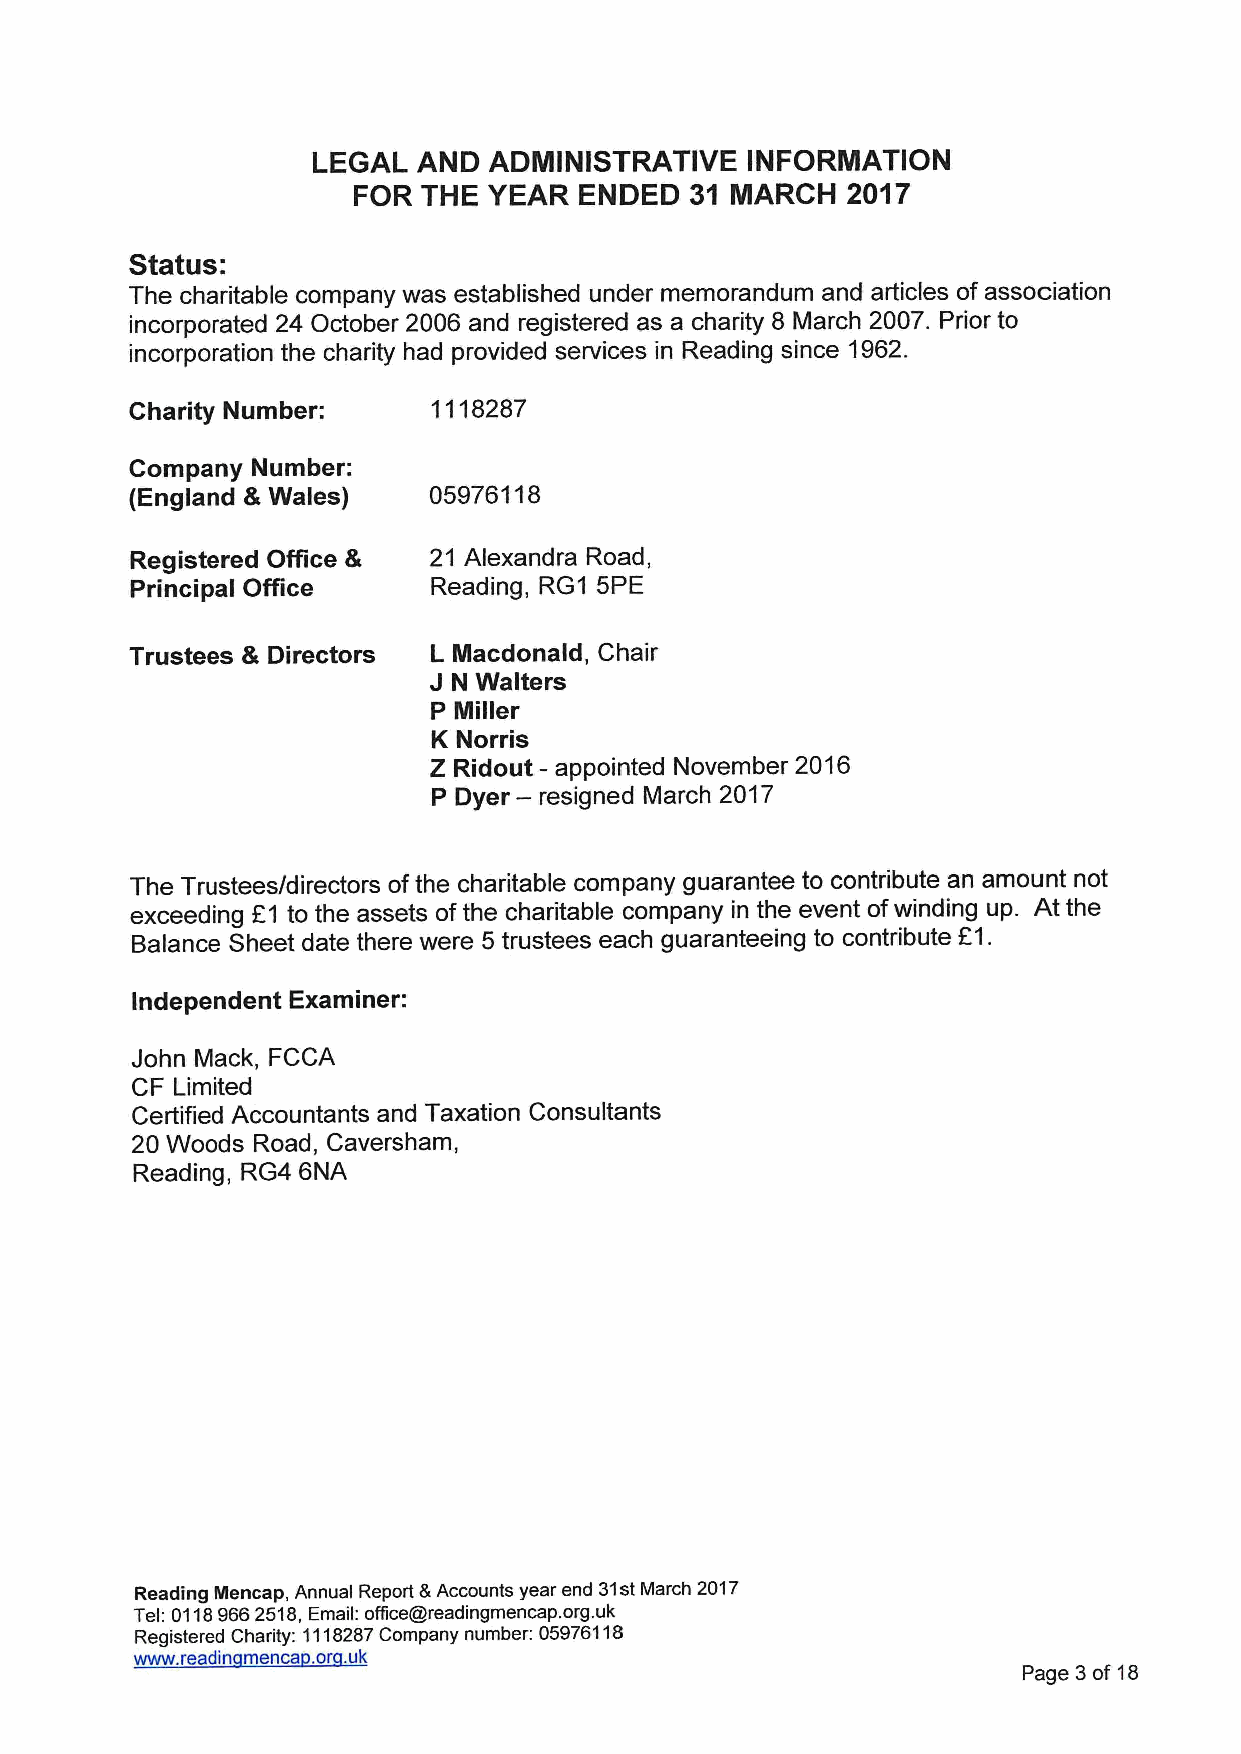
LEGAL  AND ADMINISTRATIVE   INFORINATION
 FOR  THE YEAR  ENDED   31 MARCH  2017
 Status:
 The charitable company was established under memorandum and articles of association
 incorporated 24 October 2006 and registered as a charity 8 March 2007. Prior to
 incorporation the charity had provided services in Reading since 1962.
 Charity Number:     1118287
 Company Number:
 (England &Wales)   05976118
 Registered Office & 21 Alexandra Road,
 Principal Office    Reading, RG1 5PE
 Trustees & Directors L Macdonald, Chair
 J
 N Walters
 P Miller
 K Norris
 Z Ridout —appointed November 2016
 P Dyer — resigned March 2017
 The Trustees/directors ofthe charitable company guarantee to contribute an amount not
 exceeding E1 to the assets ofthe charitable company in the event ofwinding up. At the
 Balance Sheet date there were 5 trustees each guaranteeing to contribute E1.
 Independent Examiner:
 John Mack, FCCA
 CF Limited
 Certified Accountants and Taxation Consultants
 20 Woods Road, Caversham,
 Reading, RG4 6NA
 Reading INencap, Annual Report 8 Accounts year end 31stMarch 2017
 Tel: 01189662518,Email: of5ce@readingmencap. org.uk
 Registered Charity: 1118287Company number: 05976118
 www. readin menca .or .uk
 Page 3of 18